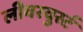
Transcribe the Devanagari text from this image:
लीवरवुर्स्ट